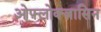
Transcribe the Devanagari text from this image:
ओफ़्लोक्ज़ासिन